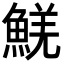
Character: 𩸑